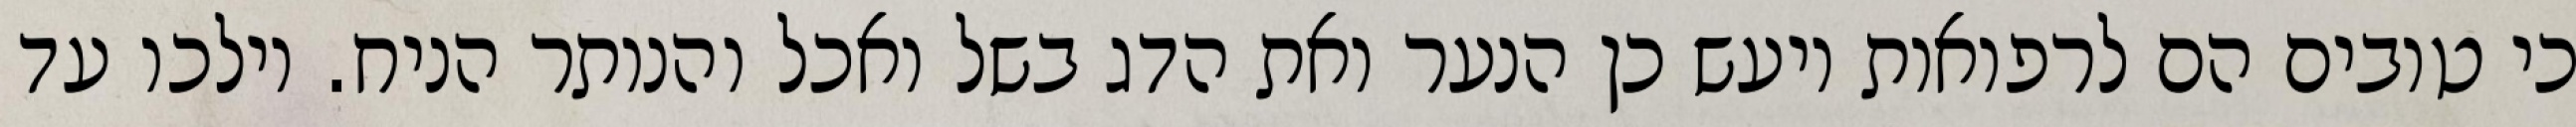
כי טובים הם לרפואות ויעש כן הנער ואת הדג בשל ואכל והנותר הניח. וילכו עד